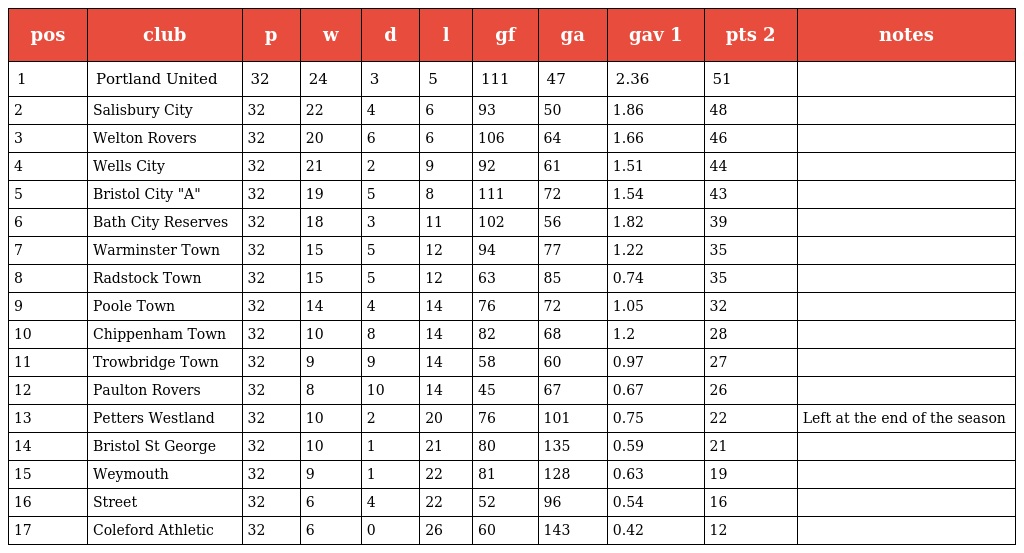
| pos | club | p | w | d | l | gf | ga | gav 1 | pts 2 | notes |
 | --- | --- | --- | --- | --- | --- | --- | --- | --- | --- | --- |
 | 1 | Portland United | 32 | 24 | 3 | 5 | 111 | 47 | 2.36 | 51 |  |
 | 2 | Salisbury City | 32 | 22 | 4 | 6 | 93 | 50 | 1.86 | 48 |  |
 | 3 | Welton Rovers | 32 | 20 | 6 | 6 | 106 | 64 | 1.66 | 46 |  |
 | 4 | Wells City | 32 | 21 | 2 | 9 | 92 | 61 | 1.51 | 44 |  |
 | 5 | Bristol City "A" | 32 | 19 | 5 | 8 | 111 | 72 | 1.54 | 43 |  |
 | 6 | Bath City Reserves | 32 | 18 | 3 | 11 | 102 | 56 | 1.82 | 39 |  |
 | 7 | Warminster Town | 32 | 15 | 5 | 12 | 94 | 77 | 1.22 | 35 |  |
 | 8 | Radstock Town | 32 | 15 | 5 | 12 | 63 | 85 | 0.74 | 35 |  |
 | 9 | Poole Town | 32 | 14 | 4 | 14 | 76 | 72 | 1.05 | 32 |  |
 | 10 | Chippenham Town | 32 | 10 | 8 | 14 | 82 | 68 | 1.2 | 28 |  |
 | 11 | Trowbridge Town | 32 | 9 | 9 | 14 | 58 | 60 | 0.97 | 27 |  |
 | 12 | Paulton Rovers | 32 | 8 | 10 | 14 | 45 | 67 | 0.67 | 26 |  |
 | 13 | Petters Westland | 32 | 10 | 2 | 20 | 76 | 101 | 0.75 | 22 | Left at the end of the season |
 | 14 | Bristol St George | 32 | 10 | 1 | 21 | 80 | 135 | 0.59 | 21 |  |
 | 15 | Weymouth | 32 | 9 | 1 | 22 | 81 | 128 | 0.63 | 19 |  |
 | 16 | Street | 32 | 6 | 4 | 22 | 52 | 96 | 0.54 | 16 |  |
 | 17 | Coleford Athletic | 32 | 6 | 0 | 26 | 60 | 143 | 0.42 | 12 |  |